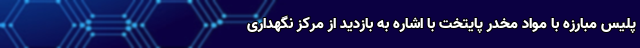
پلیس مبارزه با مواد مخدر پایتخت با اشاره به بازدید از مرکز نگهداری